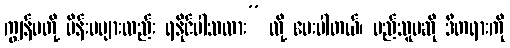
ကျွန်မတို့ မိန်းမများလည်း ရနိုင်ပါသလား” လို့ မေးပါတယ်၊ မည်သူမဆို ဒီတရားကို